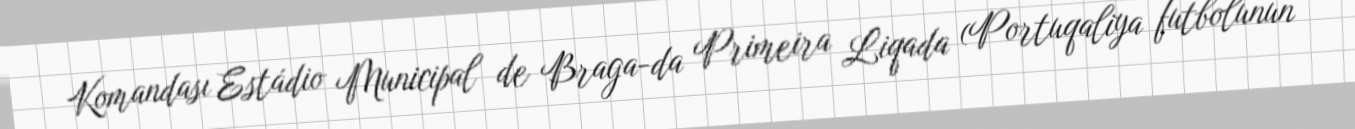
Komandası Estádio Municipal de Braga-da Primeira Liqada (Portuqaliya futbolunun